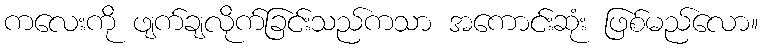
ကလေးကို ဖျက်ချလိုက်ခြင်းသည်ကသာ အကောင်းဆုံး ဖြစ်မည်လော။